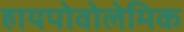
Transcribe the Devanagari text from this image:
हायपोवोलेमिक